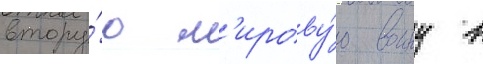
втору́ю м'ирову́ю воину в